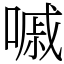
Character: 嘁